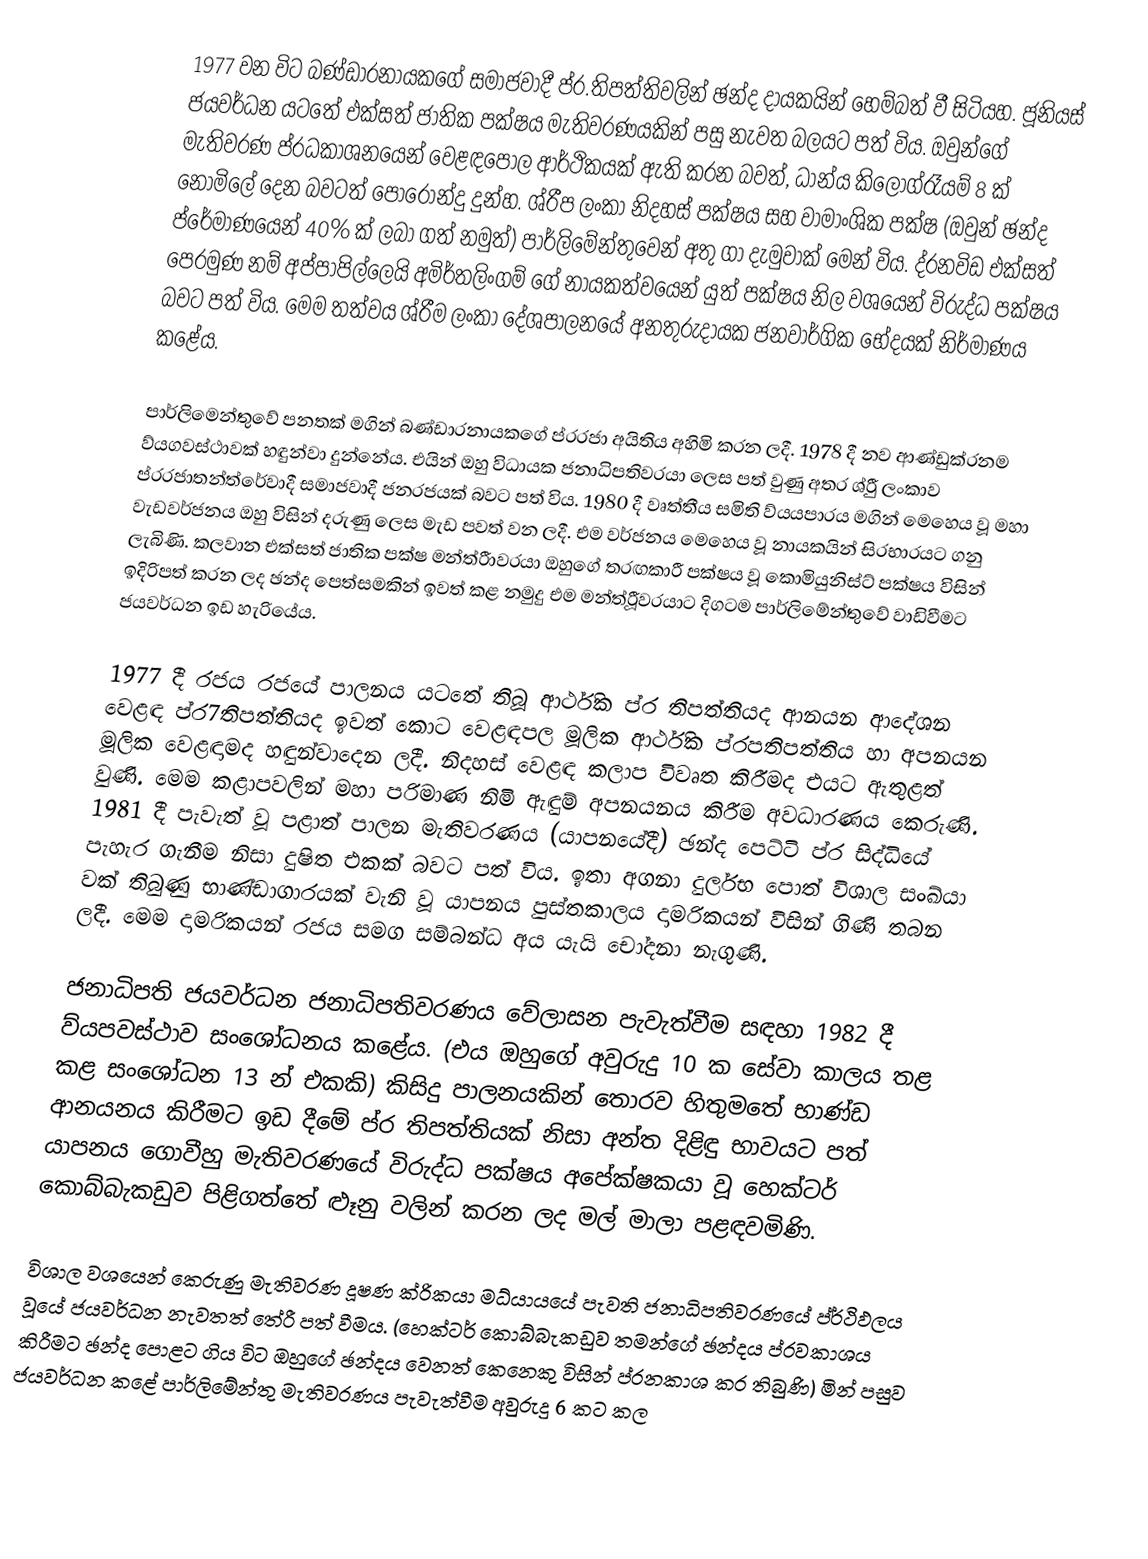
1977 වන විට බණ්ඩාරනායකගේ සමාජවාදී ප්ර.තිපත්තිවලින් ඡන්ද දායකයින් හෙම්බත් වී සිටියහ. ජූනියස් ජයවර්ධන යටතේ එක්සත් ජාතික පක්ෂය මැතිවරණයකින් පසු නැවත බලයට පත් විය. ඔවුන්ගේ මැතිවරණ ප්රධකාශනයෙන් වෙළඳපොල ආර්ථිකයක් ඇති කරන බවත්, ධාන්ය  කිලෝග්රෑයම් 8 ක් නොමිලේ දෙන බවටත් පොරොන්දු දුන්හ. ශ්රීප ලංකා නිදහස් පක්ෂය සහ වාමාංශික පක්ෂ (ඔවුන් ඡන්ද ප්රේමාණයෙන් 40% ක් ලබා ගත් නමුත්) පාර්ලිමේන්තුවෙන් අතු ගා දැමුවාක් මෙන් විය. ද්රනවිඩ එක්සත් පෙරමුණ නම් අප්පාපිල්ලෙයි අමිර්තලිංගම් ගේ නායකත්වයෙන් යුත් පක්ෂය නිල වශයෙන් විරුද්ධ පක්ෂය බවට පත් විය. මෙම තත්වය ශ්රීම ලංකා දේශපාලනයේ අනතුරුදායක ජනවාර්ගික භේදයක් නිර්මාණය කළේය.

පාර්ලිමෙන්තුවේ පනතක් මගින් බණ්ඩාරනායකගේ ප්රරජා අයිතිය අහිමි කරන ලදී. 1978 දී නව ආණ්ඩුක්රනම ව්යගවස්ථාවක් හඳුන්වා දුන්නේය. එයින් ඔහු විධායක ජනාධිපතිවරයා ලෙස පත් වුණු අතර ශ්රීු ලංකාව  ප්රරජාතන්ත්රේවාදී සමාජවාදී ජනරජයක් බවට පත් විය. 1980 දී වෘත්තීය සමිති ව්යයපාරය මගින් මෙහෙය වූ  මහා වැඩවර්ජනය ඔහු විසින් දරුණු  ලෙස මැඩ පවත් වන ලදී. එම වර්ජනය මෙහෙය වූ නායකයින් සිරභාරයට ගනු ලැබිණි. කලවාන එක්සත් ජාතික පක්ෂ මන්ත්රීාවරයා ඔහුගේ තරඟකාරී පක්ෂය වූ කොමියුනිස්ට් පක්ෂය විසින් ඉදිරිපත් කරන ලද ඡන්ද පෙත්සමකින් ඉවත් කළ නමුදු එම මන්ත්රීූවරයාට දිගටම පාර්ලිමේන්තුවේ වාඩිවීමට ජයවර්ධන ඉඩ හැරියේය.

1977 දී රජය රජයේ පාලනය යටතේ තිබූ ආර්ථික ප්ර තිපත්තියද ආනයන ආදේශන වෙළඳ ප්ර7තිපත්තියද ඉවත් කොට වෙළඳපල මූලික ආර්ථික ප්රපතිපත්තිය හා අපනයන මූලික වෙළඳාමද හඳුන්වාදෙන ලදී. නිදහස් වෙළඳ කලාප විවෘත කිරීමද එයට ඇතුළත් වුණි. මෙම කළාපවලින් මහා පරිමාණ නිමි ඇඳුම් අපනයනය කිරීම අවධාරණය කෙරුණි. 1981 දී පැවැත් වූ පළාත් පාලන මැතිවරණය (යාපනයේදී) ඡන්ද පෙට්ටි ප්ර සිද්ධියේ පැහැර ගැනීම නිසා දුෂිත එකක් බවට පත් විය. ඉතා අගනා දුර්ලභ පොත් විශාල සංඛ්යා වක් තිබුණු භාණ්ඩාගාරයක් වැනි වූ යාපනය පුස්තකාලය දාමරිකයන් විසින් ගිණි තබන ලදී. මෙම දාමරිකයන් රජය සමග සම්බන්ධ අය යැයි චෝදනා නැගුණි.

ජනාධිපති ජයවර්ධන ජනාධිපතිවරණය වේලාසන පැවැත්වීම සඳහා 1982 දී ව්යපවස්ථාව සංශෝධනය කළේය. (එය ඔහුගේ අවුරුදු 10 ක සේවා කාලය තළ කළ සංශෝධන 13 න් එකකි) කිසිදු පාලනයකින් තොරව හිතුමතේ භාණ්ඩ ආනයනය කිරීමට ඉඩ දීමේ ප්ර තිපත්තියක් නිසා අන්ත දිළිඳු භාවයට පත් යාපනය ගොවීහු මැතිවරණයේ විරුද්ධ පක්ෂය අපේක්ෂකයා වූ හෙක්ටර් කොබ්බැකඩුව පිළිගත්තේ ළූනු වලින් කරන ලද මල් මාලා පළඳවමිණි.

විශාල වශයෙන් කෙරුණු මැතිවරණ දූෂණ ක්රිකයා මධ්යායයේ පැවති ජනාධිපතිවරණයේ ප්ර්ථිඵලය වූයේ ජයවර්ධන නැවතත් තේරී පත් වීමය. (හෙක්ටර් කොබ්බැකඩුව තමන්ගේ ඡන්දය ප්රවකාශය කිරීමට ඡන්ද පොළට ගිය විට ඔහුගේ ඡන්දය වෙනත් කෙනෙකු විසින් ප්රනකාශ කර තිබුණි) මින් පසුව ජයවර්ධන කළේ පාර්ලිමේන්තු මැතිවරණය පැවැත්වීම අවුරුදු 6 කට කල